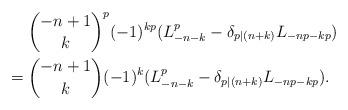
LaTeX: \begin{align*} &\phantom{=}\;\;\binom{-n+1}{k}^p(-1)^{kp}(L_{-n-k}^p-\delta_{p\mid(n+k)} L_{-np-kp})\\ &=\binom{-n+1}{k} (-1)^k(L_{-n-k}^p-\delta_{p\mid(n+k)} L_{-np-kp}).\end{align*}